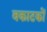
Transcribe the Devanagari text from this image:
वकाटकों